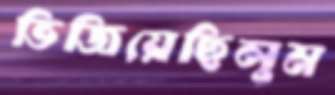
ভিজিয়েছিলুম